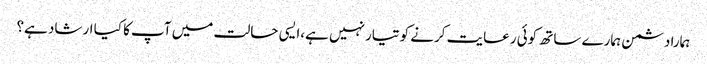
ہمارا دشمن ہمارے ساتھ کوئی رعایت کرنے کو تیار نہیں ہے،ایسی حالت میں آپ کا کیا ارشاد ہے؟